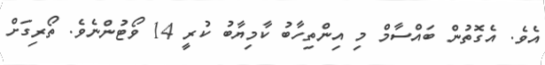
އެވެ. އެގޮތުން ބައްސާމް މި އިންތިހާބު ކާމިޔާބު ކުރީ 14 ވޯޓުންނެވެ. ތޯރިގަށް